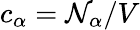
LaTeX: c_{\alpha}=\mathcal{N}_{\alpha}/V